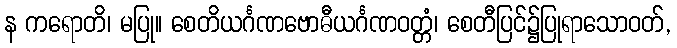
န ကရောတိ၊ မပြု။ စေတိယင်္ဂဏဗောဓီယင်္ဂဏဝတ္တံ၊ စေတီပြင်၌ပြုရာသောဝတ်,